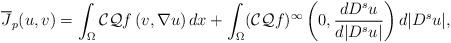
LaTeX: \begin{align*}\overline{J}_p(u,v)= \int_\Omega {\cal CQ}f\left(v, \nabla u\right) dx+ \int_\Omega ({\cal CQ}f)^\infty\left(0,\frac{dD^su}{d|D^s u|}\right) d|D^s u|,\end{align*}